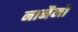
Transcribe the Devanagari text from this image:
नानैमो